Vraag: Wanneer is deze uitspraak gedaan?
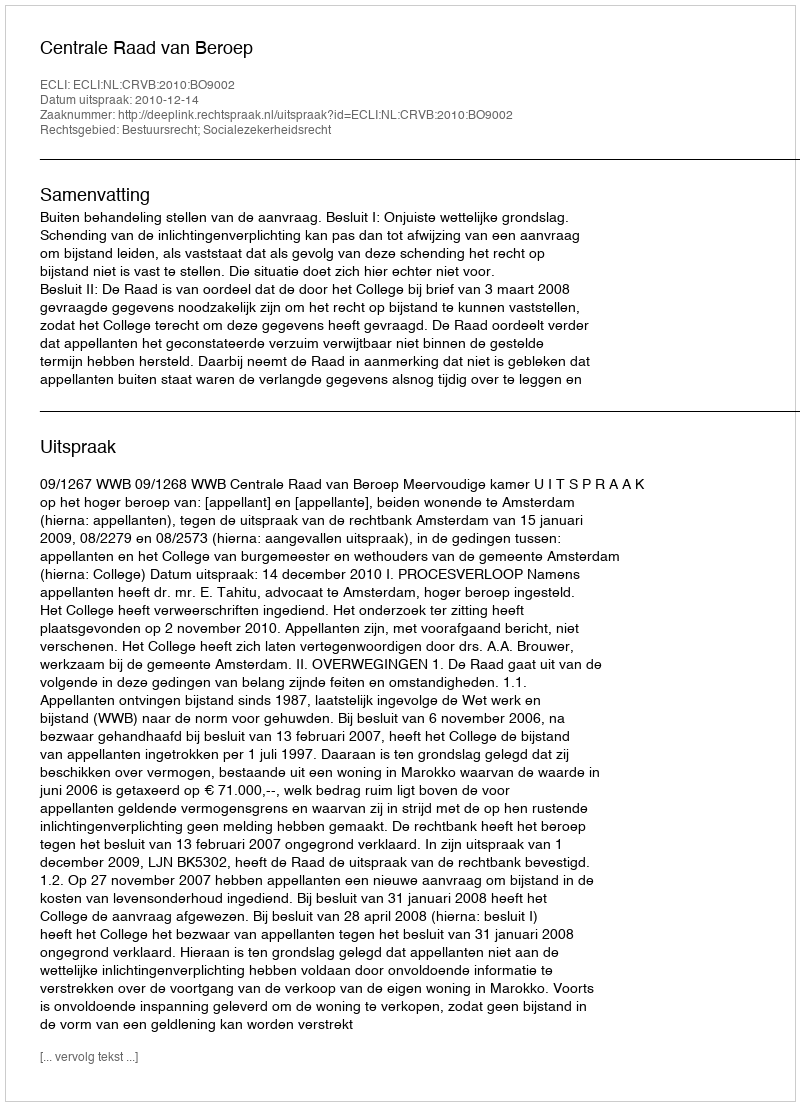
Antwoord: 2010-12-14